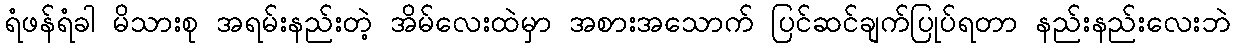
ရံဖန်ရံခါ မိသားစု အရမ်းနည်းတဲ့ အိမ်လေးထဲမှာ အစားအသောက် ပြင်ဆင်ချက်ပြုပ်ရတာ နည်းနည်းလေးဘဲ